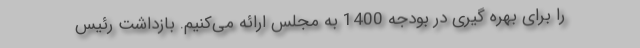
را برای بهره گیری در بودجه 1400 به مجلس ارائه می‌کنیم. بازداشت رئیس